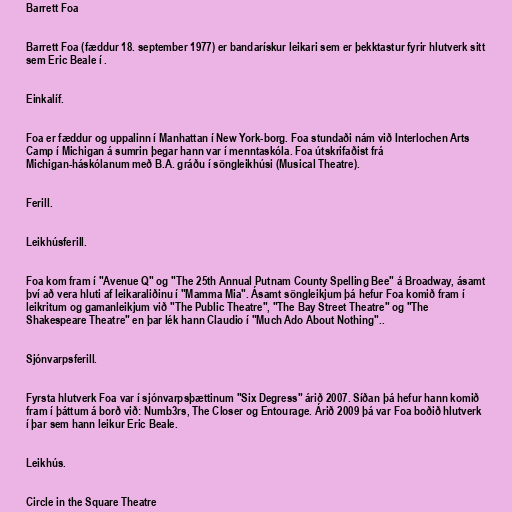
Barrett Foa

Barrett Foa (fæddur 18. september 1977) er bandarískur leikari sem er þekktastur fyrir hlutverk sitt
sem Eric Beale í .

Einkalíf.

Foa er fæddur og uppalinn í Manhattan í New York-borg. Foa stundaði nám við Interlochen Arts
Camp í Michigan á sumrin þegar hann var í menntaskóla. Foa útskrifaðist frá
Michigan-háskólanum með B.A. gráðu í söngleikhúsi (Musical Theatre).

Ferill.

Leikhúsferill.

Foa kom fram í "Avenue Q" og "The 25th Annual Putnam County Spelling Bee" á Broadway, ásamt
því að vera hluti af leikaraliðinu í "Mamma Mia". Ásamt söngleikjum þá hefur Foa komið fram í
leikritum og gamanleikjum við "The Public Theatre", "The Bay Street Theatre" og "The
Shakespeare Theatre" en þar lék hann Claudio í "Much Ado About Nothing"..

Sjónvarpsferill.

Fyrsta hlutverk Foa var í sjónvarpsþættinum "Six Degress" árið 2007. Síðan þá hefur hann komið
fram í þáttum á borð við: Numb3rs, The Closer og Entourage. Árið 2009 þá var Foa boðið hlutverk
í þar sem hann leikur Eric Beale.

Leikhús.

Circle in the Square Theatre